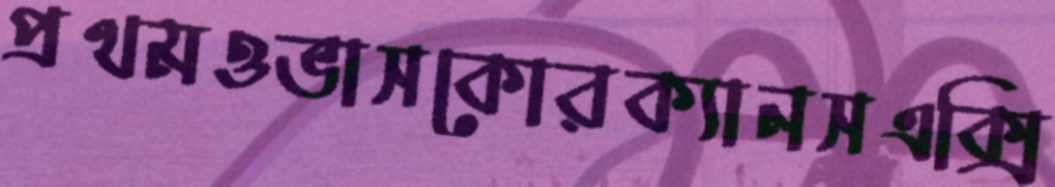
প্রথমওভাসকোরক্যানসএক্সি